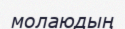
молаюдың